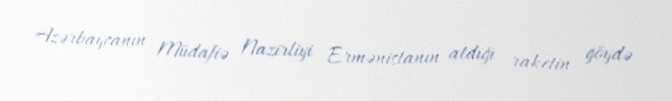
Azərbaycanın Müdafiə Nazirliyi Ermənistanın atdığı raketin göydə